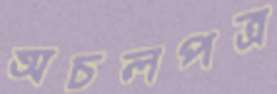
অচলপত্র